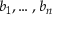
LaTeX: b _ { 1 } , \dots , b _ { n }